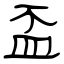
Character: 盃